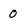
Character: 0